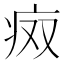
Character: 𰣨